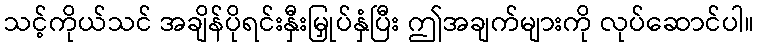
သင့်ကိုယ်သင် အချိန်ပိုရင်းနှီးမြှုပ်နှံပြီး ဤအချက်များကို လုပ်ဆောင်ပါ။